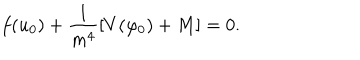
f ( u _ { 0 } ) + \frac { 1 } { m ^ { 4 } } [ V ( \varphi _ { 0 } ) + M ] = 0 .